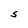
Character: S